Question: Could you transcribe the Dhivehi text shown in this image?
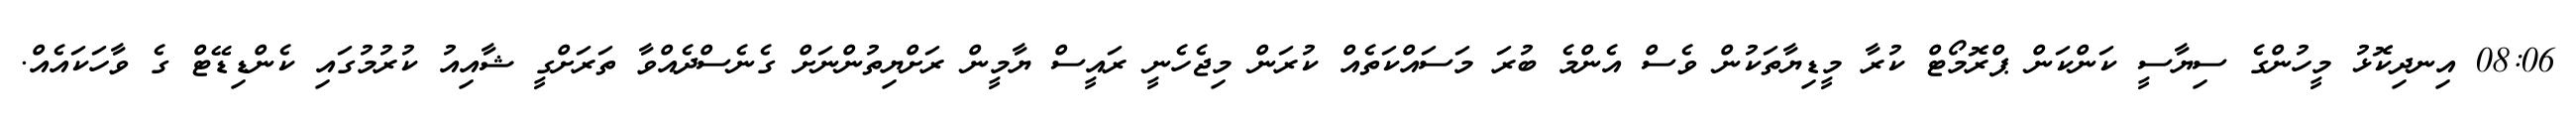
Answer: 08:06 އިނދިކޮޅު މީހުންގެ ސިޔާސީ ކަންކަން ޕްރޮމޯޓް ކުރާ މީޑިޔާތަކުން ވެސް އެންމެ ބުރަ މަސައްކަތެއް ކުރަން މިޖެހެނީ ރައީސް ޔާމީން ރަށްޔިތުންނަށް ގެނެސްދެއްވާ ތަރަށްގީ ޝާއިއު ކުރުމުގައި ކެންޑިޑޭޓް ގެ ވާހަކައެއް.